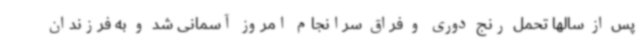
پس از سالها تحمل رنج دوری و فراق سرانجام امروز آسمانی شد و به فرزندان